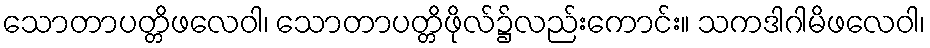
သောတာပတ္တိဖလေဝါ၊ သောတာပတ္တိဖိုလ်၌လည်းကောင်း။ သကဒါဂါမိဖလေဝါ၊